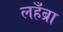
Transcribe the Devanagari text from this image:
लहँब्रा